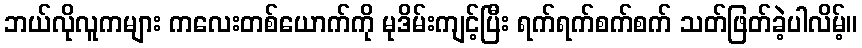
ဘယ်လိုလူကများ ကလေးတစ်ယောက်ကို မုဒိမ်းကျင့်ပြီး ရက်ရက်စက်စက် သတ်ဖြတ်ခဲ့ပါလိမ့်။